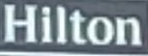
Hilton